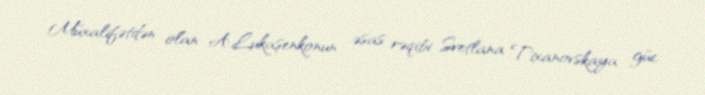
Müxalifətdən olan A.Lukaşenkonun əsas rəqibi Svetlana Tixanovskaya güc